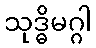
သုဒ္ဓိမဂ္ဂါ